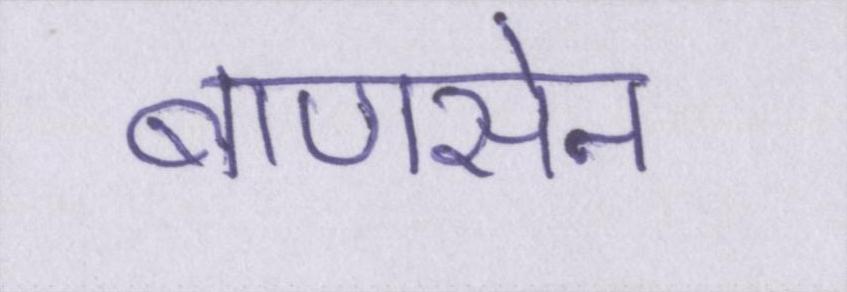
बाणसेन